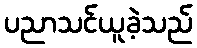
ပညာသင်ယူခဲ့သည်